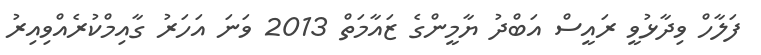
ފަލާހް ވިދާޅުވީ ރައީސް އަބްދު ޔާމީންގެ ޒައާމަތް 2013 ވަނަ އަހަރު ގާއިމްކުރެއްވިއިރު